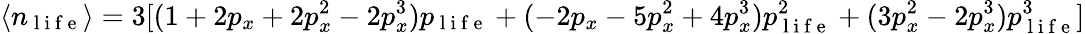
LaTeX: \langle n_{\mathrm{~l~i~f~e~}}\rangle=3[(1+2p_{x}+2p_{x}^{2}-2p_{x}^{3})p_{\mathrm{~l~i~f~e~}}+(-2p_{x}-5p_{x}^{2}+4p_{x}^{3})p_{\mathrm{~l~i~f~e~}}^{2}+(3p_{x}^{2}-2p_{x}^{3})p_{\mathrm{~l~i~f~e~}}^{3}]